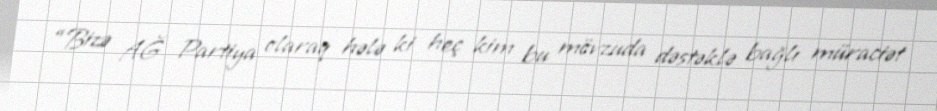
“Bizə AĞ Partiya olaraq hələ ki heç kim bu mövzuda dəstəklə bağlı müraciət